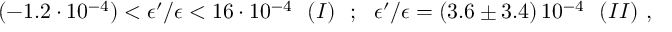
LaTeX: ( - 1 . 2 \cdot 1 0 ^ { - 4 } ) < \epsilon ^ { \prime } / \epsilon < 1 6 \cdot 1 0 ^ { - 4 } \ \ ( I ) \ \ ; \ \ \epsilon ^ { \prime } / \epsilon = ( 3 . 6 \pm 3 . 4 ) \, 1 0 ^ { - 4 } \ \ ( I I ) \ ,